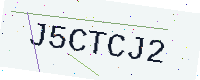
Text: J5CTCJ2